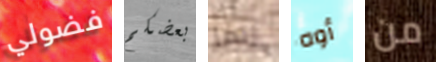
فضولي بعضكم ربما أوه من